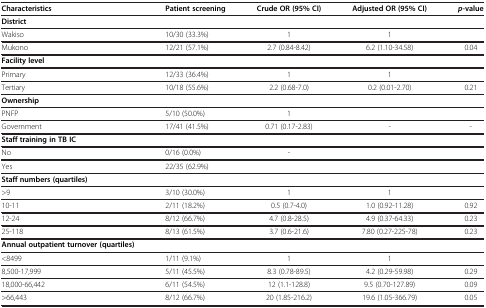
| Characteristics | Patient screening | Crude OR (95% CI) | Adjusted OR (95% CI) | p-value |
 | --- | --- | --- | --- | --- |
 | District |  |  |  |  |
 | Wakiso | 10/30 (33.3%) | 1 | 1 |  |
 | Mukono | 12/21 (57.1%) | 2.7 (0.84-8.42) | 6.2 (1.10-34.58) | 0.04 |
 | Facility level |  |  |  |  |
 | Primary | 12/33 (36.4%) | 1 | 1 |  |
 | Tertiary | 10/18 (55.6%) | 2.2 (0.68-7.0) | 0.2 (0.01-2.70) | 0.21 |
 | Ownership |  |  |  |  |
 | PNFP | 5/10 (50.0%) | 1 |  |  |
 | Government | 17/41 (41.5%) | 0.71 (0.17-2.83) | - | - |
 | Staff training in TB IC |  |  |  |  |
 | No | 0/16 (0.0%) | - |  |  |
 | Yes | 22/35 (62.9%) |  |  |  |
 | Staff numbers (quartiles) |  |  |  |  |
 | >9 | 3/10 (30.0%) | 1 | 1 |  |
 | 10-11 | 2/11 (18.2%) | 0.5 (0.7-4.0) | 1.0 (0.92-11.28) | 0.92 |
 | 12-24 | 8/12 (66.7%) | 4.7 (0.8-28.5) | 4.9 (0.37-64.33) | 0.23 |
 | 25-118 | 8/13 (61.5%) | 3.7 (0.6-21.6) | 7.80 (0.27-225-78) | 0.23 |
 | Annual outpatient turnover (quartiles) |  |  |  |  |
 | <8499 | 1/11 (9.1%) | 1 | 1 |  |
 | 8,500-17,999 | 5/11 (45.5%) | 8.3 (0.78-89.5) | 4.2 (0.29-59.98) | 0.29 |
 | 18,000-66,442 | 6/11 (54.5%) | 12 (1.1-128.8) | 9.5 (0.70-127.89) | 0.09 |
 | >66,443 | 8/12 (66.7%) | 20 (1.85-216.2) | 19.6 (1.05-366.79) | 0.05 |